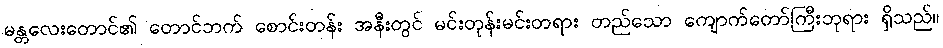
မန္တလေးတောင်၏ တောင်ဘက် စောင်းတန်း အနီးတွင် မင်းတုန်းမင်းတရား တည်သော ကျောက်တော်ကြီးဘုရား ရှိသည်။